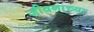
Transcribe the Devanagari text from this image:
जीवना्च्या